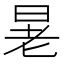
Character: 𪰚